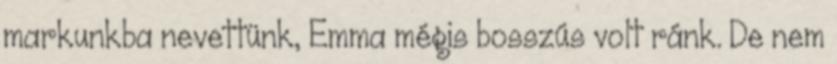
markunkba nevettünk, Emma mégis bosszús volt ránk. De nem